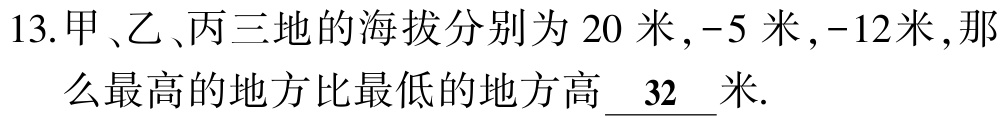
13.甲、乙、丙三地的海拔分别为$20$米,$-5$米,$-12$米,那么最高的地方比最低的地方高$\underline{32}$米.